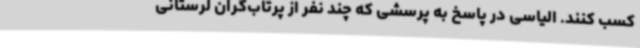
کسب کنند. الیاسی در پاسخ به پرسشی که چند نفر از پرتاب‌گران لرستانی